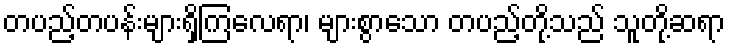
တပည့်တပန်းများရှိကြလေရာ၊ များစွာသော တပည့်တို့သည် သူတို့ဆရာ